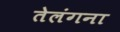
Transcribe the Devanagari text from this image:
तेलंगना